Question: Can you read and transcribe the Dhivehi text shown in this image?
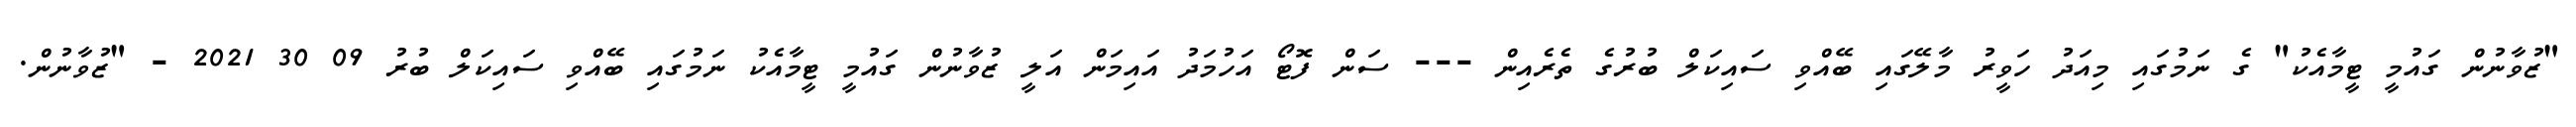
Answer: "ޒުވާނުން ގައުމީ ޓީމާއެކު" ގެ ނަމުގައި މިއަދު ހަވީރު މާލޭގައި ބޭއްވި ސައިކަލް ބުރުގެ ތެރެއިން --- ސަން ފޮޓޯ އަހުމަދު އައިމަން އަލީ ޒުވާނުން ގައުމީ ޓީމާއެކު ނަމުގައި ބޭއްވި ސައިކަލް ބުރު 09 30 2021 - "ޒުވާނުން.